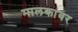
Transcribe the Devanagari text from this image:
मालकांवर